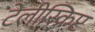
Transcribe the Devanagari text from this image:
टेलीस्क्रिप्ट